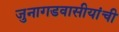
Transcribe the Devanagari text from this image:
जुनागडवासीयांची